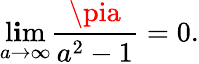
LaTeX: \operatorname*{l\mathbf{i}m}_{a\to\infty}{\frac{{\pia}}{{a^{2}-1}}}=0.